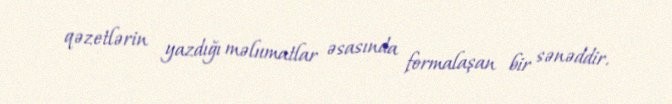
qəzetlərin yazdığı məlumatlar əsasında formalaşan bir sənəddir.